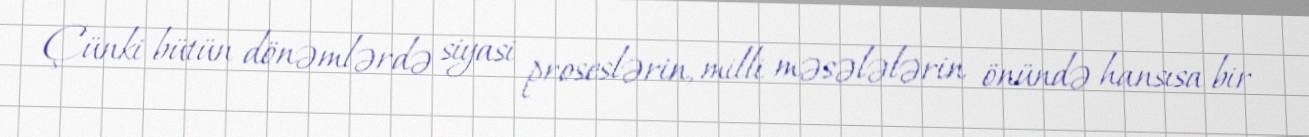
Çünki bütün dönəmlərdə siyasi proseslərin, milli məsələlərin önündə hansısa bir